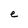
Character: e